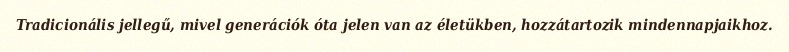
Tradicionális jellegű, mivel generációk óta jelen van az életükben, hozzátartozik mindennapjaikhoz.